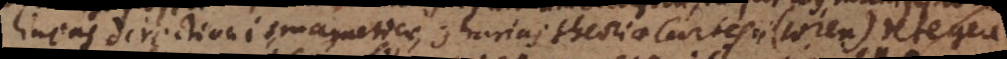
Lineas directionis magneticae, contrarias theoriae Cartesii (Wren) detegere